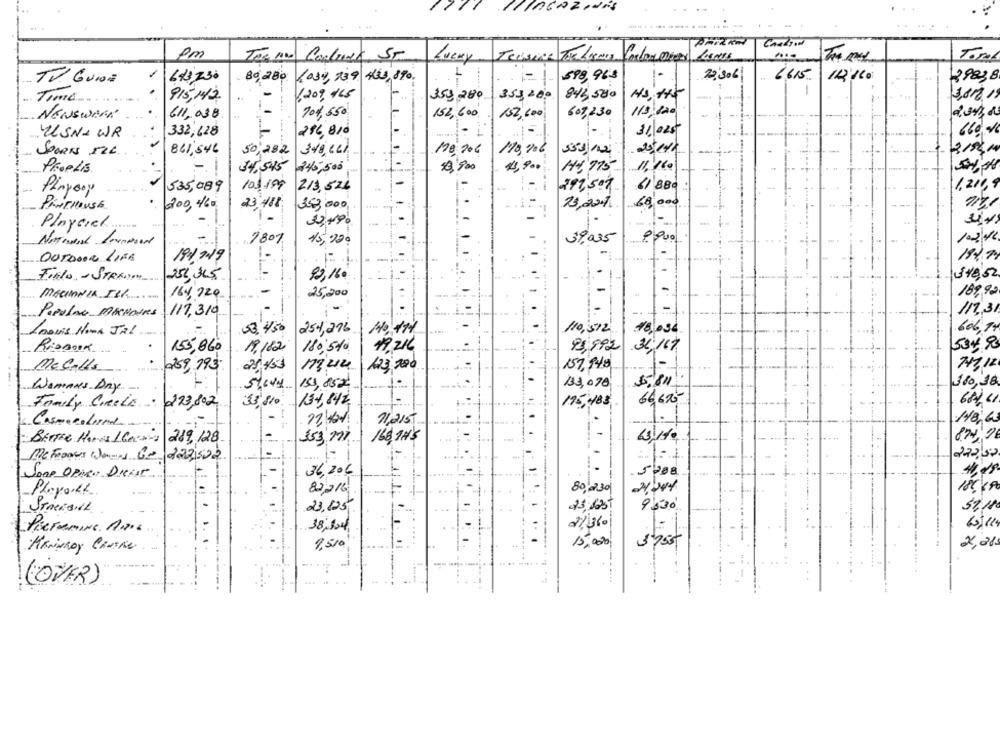
pm
Lucky
Termine Theloan
Tomal
L
22:306
6615
TV GUIDE
643230
80, 280: (034, 239 453 890.
598,963
29838
Time
915,142.
6209, 165
359, 280
353,200
843 500
3.000.19
704,550
152,600
607,230
115/120
2.343, 85
NEWSWEEK
611,038
132,600
ULSN-WR
332,428
216,810
31.025
660 %
841,546
110 906
SPORN ILL.
50,282 348 CL
Proplis
34,545
245,500;
$0,900
4,900
H+ 775
11,160
535,089
100 109
213,526
197,507
6 880
1.214,9
Pinpoor
i.
60,000
PintMinst
200, 460
23:418
353,000
20,201
141
Playeret ...
-
7807
45,920
39,035
8.900
102/12.
OUTDOOR LIFE
194/2019
Fialo - STRAM
252 345
92,160
$48,52
189,92
MACIANIA ISK
164,220
25,200
Perolas MANOSRS
117,310
117,31
53. 4.50
254,216
110,512
.48,034.
606,14
movis Noma JAL.
HO, 174
9,992
534 98
RioBook
155,860
19.182
180,5%
31/117
.
Me Calls
0259, 793
25,453
mu4
123, 200
107,148
77,12
5/811
180, 38
Wammes Day
54144 151,852
133,070
Family Circle : 223,802
33,810 134,842
175,485
66 675
V
11,215
Casmecolonel
-
289,128
isini
166,1H'S
63/14:
BeFroaus Wennes Be
223:502
1-
L-
36,206
5288
41,19
Jone Opinie Dienst
Playa Kt.
82,216
80,230
STARKOHL.
23,125
9530
59,18
21360
60/11.
PERFamine Air
38,504
KANNRoy Cruise
1,510
15,000
(ÖVER)